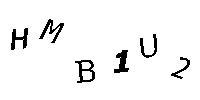
HMB1U2